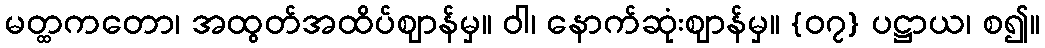
မတ္ထကတော၊ အထွတ်အထိပ်ဈာန်မှ။ ဝါ၊ နောက်ဆုံးဈာန်မှ။ {၀၇} ပဋ္ဌာယ၊ စ၍။